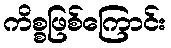
ကိစ္စဖြစ်ကြောင်း